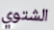
الشتوي